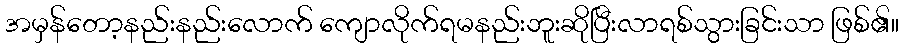
အမှန်တော့နည်းနည်းလောက် ကျောလိုက်ရမနည်းဘူးဆိုပြီးလာရစ်သွားခြင်းသာ ဖြစ်၏။